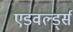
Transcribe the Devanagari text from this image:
एडवर्ल्ड्स